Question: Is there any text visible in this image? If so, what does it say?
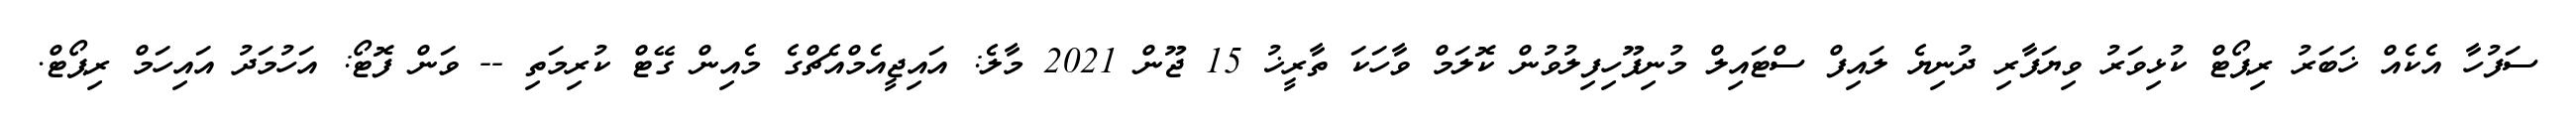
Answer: ސަފުހާ އެކެއް ޚަބަރު ރިޕޯޓް ކުޅިވަރު ވިޔަފާރި ދުނިޔެ ލައިފް ސްޓައިލް މުނިފޫހިފިލުވުން ކޮލަމް ވާހަކަ ތާރީޚު 15 ޖޫން 2021 މާލެ: އައިޖީއެމްއެޗްގެ މެއިން ގޭޓް ކުރިމަތި -- ވަން ފޮޓޯ: އަހުމަދު އައިހަމް ރިޕޯޓް.